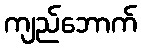
ကျည်ဘောက်